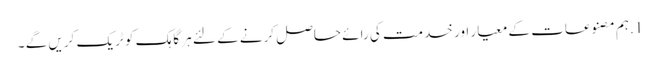
1.ہم مصنوعات کے معیار اور خدمت کی رائے حاصل کرنے کے لئے ہر گاہک کو ٹریک کریں گے ۔